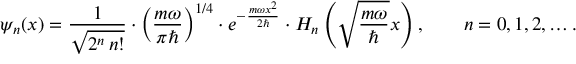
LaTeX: \psi _ { n } ( x ) = { \frac { 1 } { \sqrt { 2 ^ { n } \, n ! } } } \cdot \left( { \frac { m \omega } { \pi \hbar } } \right) ^ { 1 / 4 } \cdot e ^ { - { \frac { m \omega x ^ { 2 } } { 2 \hbar } } } \cdot H _ { n } \left( { \sqrt { \frac { m \omega } { \hbar } } } x \right) , \qquad n = 0 , 1 , 2 , \ldots .